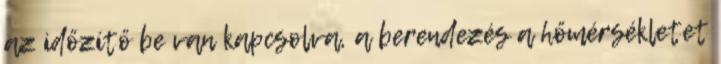
az időzítő be van kapcsolva, a berendezés a hőmérsékletet